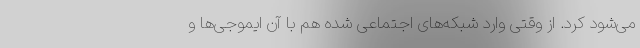
می‌شود کرد. از وقتی وارد شبکه‌های اجتماعی شده هم با آن ایموجی‌ها و